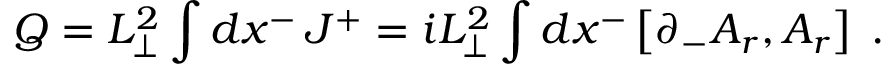
Q = L _ { \perp } ^ { 2 } \int d x ^ { - } \, J ^ { + } = i L _ { \perp } ^ { 2 } \int d x ^ { - } \left[ \partial _ { - } A _ { r } , A _ { r } \right] \; .